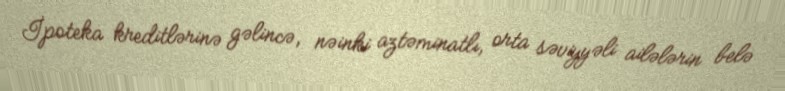
İpoteka kreditlərinə gəlincə, nəinki aztəminatlı, orta səviyyəli ailələrin belə